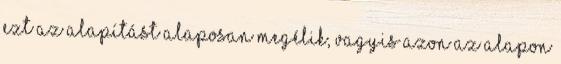
ezt az alapítást alaposan megélik, vagyis azon az alapon